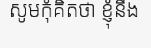
សូមកុំគិតថា ខ្ញុំនឹង